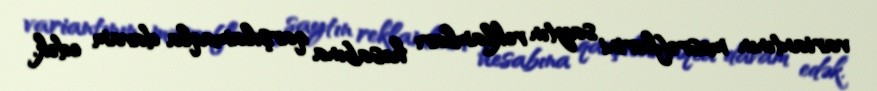
variantının məsrəflərini saytın reklamları hesabına qarşılamaqla davam edək.